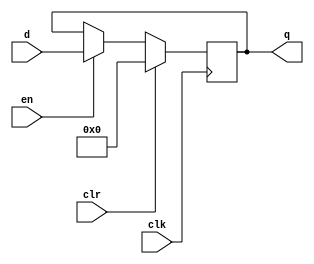
module PC(q,d,clk,en,clr);
input [31:0]d;
input clk;
input en;
input clr;
output reg [31:0] q;

always @(posedge clk) begin
		if(clr)
			begin
				q <= 32'b0;
			end
		else if(en)
			begin
				q <= d;
			end
	end
	
	endmodule
//genvar i;